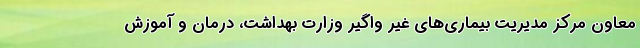
معاون مرکز مدیریت بیماری‌های غیر واگیر وزارت بهداشت، درمان و آموزش